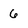
Character: 6